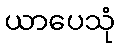
ယာပေသုံ